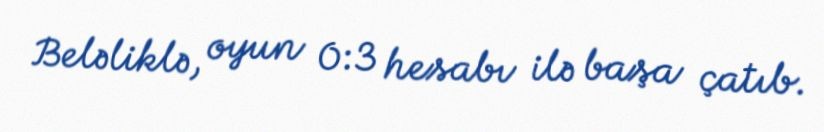
Beləliklə, oyun 0:3 hesabı ilə başa çatıb.